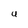
Character: U